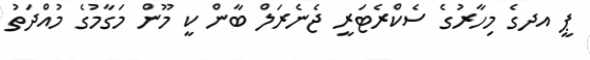
ޕީ އދގެ މިހާރުގެ ސެކްރެޓަރީ ޖެނެރަލް ބާން ކީ މޫން މަގާމުގެ މުއްދަތު